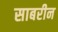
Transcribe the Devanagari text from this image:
साबरीन